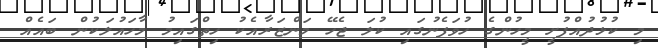
މި ކުޅުދުއްފުށީ މީހުންގެ ހުވަފެނުގައި ކުލަ ޖެހޭ މަންޒަރާއެކު ހިތްގައިމު މާހައުލަކުން ބައެއް